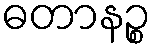
ဓတာနဉ္စ